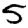
Digit: 5